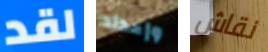
لقد وإعداد نقاش